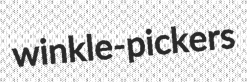
winkle-pickers